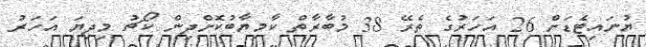
ޔުނައިޓެޑަށް 26 އަހަރުގެ ތެރޭ 38 މުބާރާތް ކާމިޔާބުކޮށްދިން ކޯޗު މިދިޔަ އަހަރު